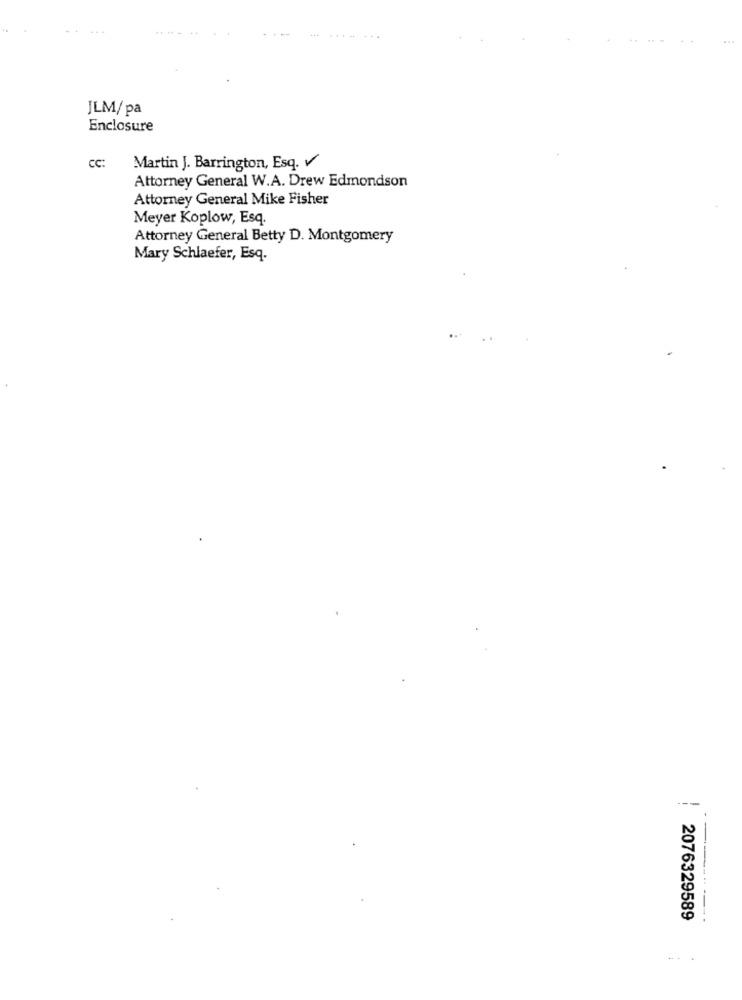
... ........
JLM/pa
Enclosure
CC:
Martin J. Barrington, Esq. v
Attorney General W.A. Drew Edmondson
Attorney General Mike Fisher
Meyer Koplow, Esq.
Attorney General Betty D. Montgomery
Mary Schlaefer, Esq.
---
2076329589
...